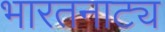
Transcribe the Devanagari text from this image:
भारतनाट्य